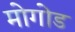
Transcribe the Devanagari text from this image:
मोगोड